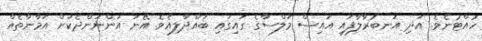
ހުއްޓުނެވެ. އަދި އަނބުރާލާފައި އައިސް މަލްސާގެ ގައިގައި ބައްދާލިއެވެ. އޭނަ އަންނަންދެކަށް އަމާނާތެއް